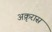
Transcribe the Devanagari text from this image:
अक्रृरास